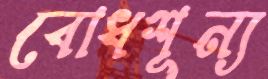
বোধশূন্য